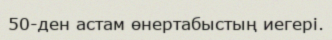
50-ден астам өнертабыстың иегері.